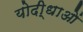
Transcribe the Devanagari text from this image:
योदी्धाओं